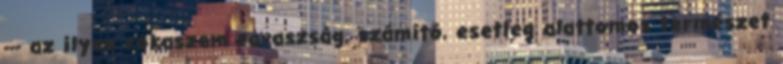
--- az ilyen rókaszem ravaszság, számító, esetleg alattomos természet